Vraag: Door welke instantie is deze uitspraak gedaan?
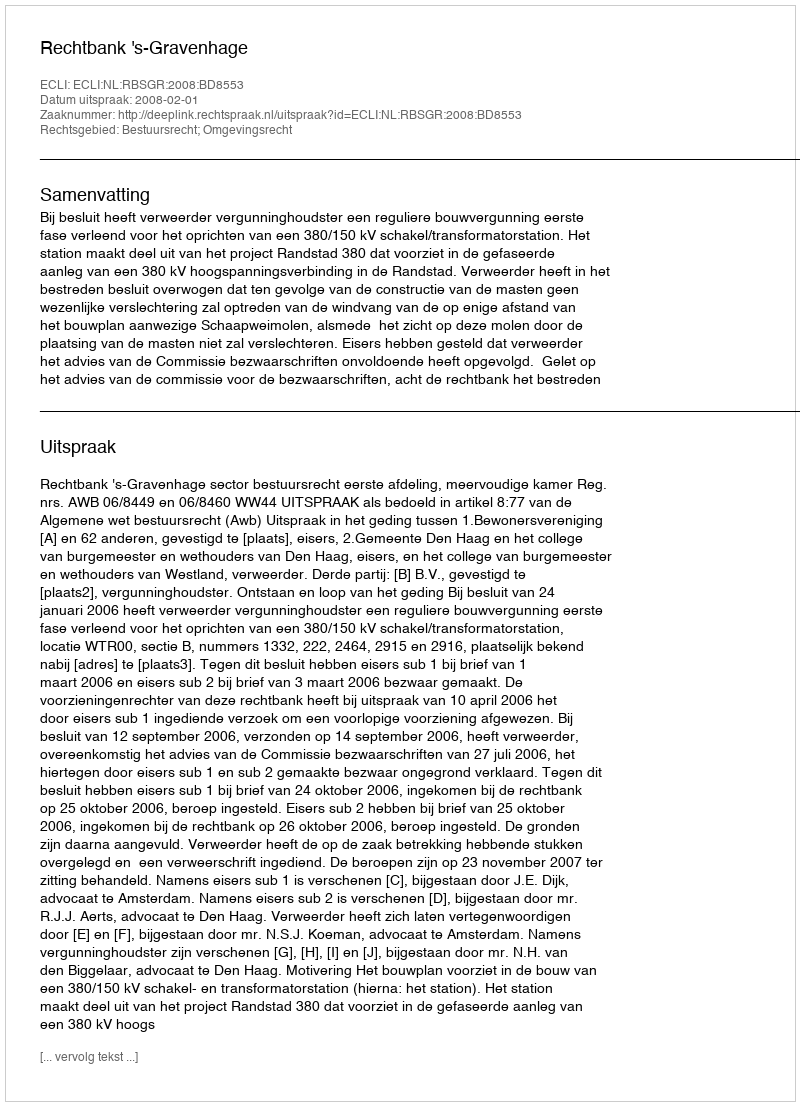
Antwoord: Rechtbank 's-Gravenhage